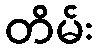
တိမ်း